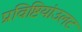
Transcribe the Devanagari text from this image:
प्रविष्टियांउलट